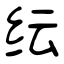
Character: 纭